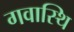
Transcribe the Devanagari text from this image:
गवास्थि